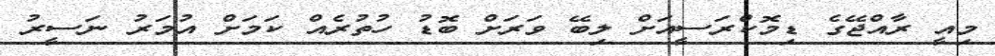
މިއީ ރާއްޖޭގެ ޑިމޮކްރަސީއަށް ލިބޭ ވަރަށް ބޮޑު ހުތުރެއް ކަމަށް އުމަރު ނަސީރު